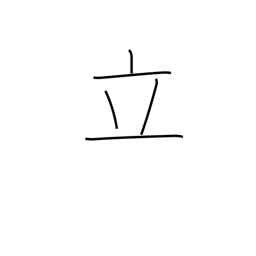
Meaning: set up